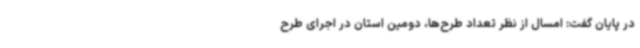
در پایان گفت: امسال از نظر تعداد طرح‌ها، دومین استان در اجرای طرح